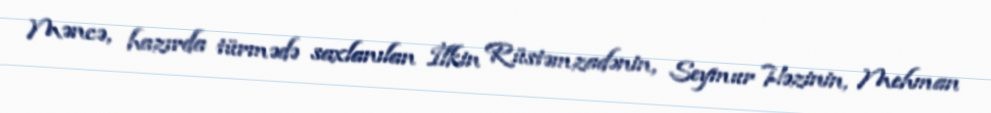
Məncə, hazırda türmədə saxlanılan İlkin Rüstəmzadənin, Seymur Həzinin, Mehman